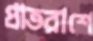
প্রাতরাশে